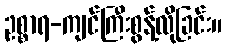
ဥစ္စာရ-ကျင်ကြီးစွန့်လိုခြင်း။